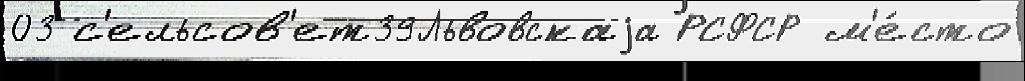
03 с'ельсов'ет39Львовскаjа РСФСР м'е́сто